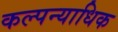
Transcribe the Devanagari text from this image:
कल्पन्याधिक